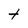
Character: t